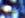
كنت